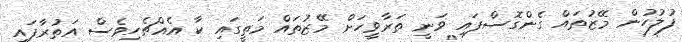
ފުލުހުން މޭޒުތައް ގެންގޮސްފައި ވަނީ ތަރާވީހަށް މޭޒުތައް މަތީގައި ކާ އެއްޗެހިވެސް އަތުރާފައި